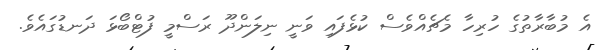
އެ މުބާރާތުގެ ހުރިހާ މެޗެއްވެސް ކުޅެފައި ވަނީ ނިލަންދޫ ރަސްމީ ފުޓްބޯޅަ ދަނޑުގައެވެ.